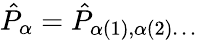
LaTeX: \hat{P}_{\alpha}=\hat{P}_{\alpha(1),\alpha(2)\ldots}